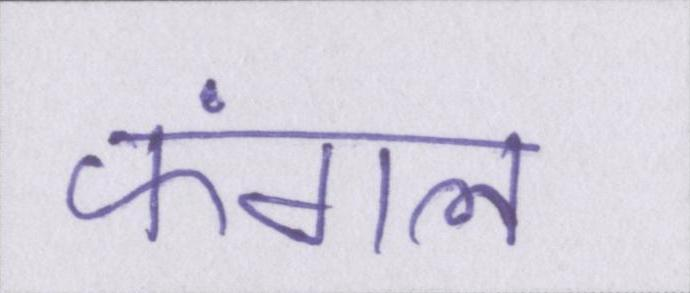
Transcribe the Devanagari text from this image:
फंगल